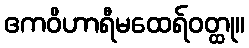
ဧကဝိဟာရီမထေရ်ဝတ္ထု။